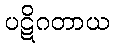
ပဋိဂတာယ